Leaving Certificate Examination, 1911. Written examination, 1911
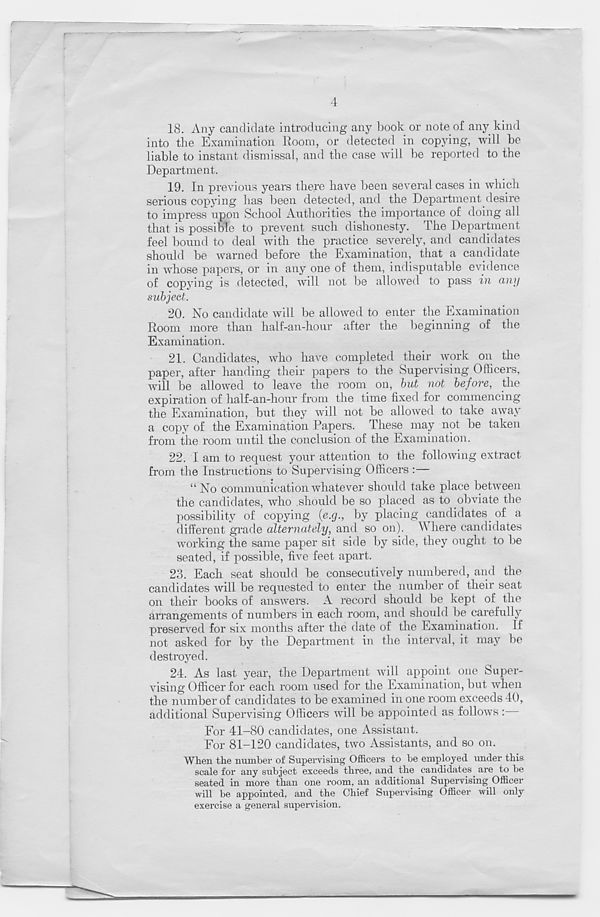
4
18. Any candidate introducing any book or note of any kind
into the Examination Room, or detected in copying, will be
liable to instant dismissal, and the case will be reported to the
Department.
19. In previous years there have been several cases in which
serious copying has been detected, and the Department desire
to impress upon School Authorities the importance of doing all
that is possible to prevent such dishonesty. The Department
feel bound to deal with the practice severely, and candidates
should be warned before the Examination, that a candidate
in whose papers, or in any one of them, indisputable evidence
of copying is detected, will not be allowed to pass in any
subject.
20. No candidate will be allowed to enter the Examination
Room more than half-an-hour after the beginning of the
Examination.
21. Candidates, who have completed their work on the
paper, after handing their papers to the Supervising Officers,
will be allowed to leave the room on, but not before, the
expiration of half-an-hour from the time fixed for commencing
the Examination, but they will not be allowed to take away
a copy of the Examination Papers. These may not be taken
from the room until the conclusion of the Examination.
22. I am to request your attention to the following extract
from the Instructions to Supervising Officers :—
“No communication whatever should take place between
the candidates, who should be so placed as to obviate the
possibility of copying (e.g., by placing candidates of a
different grade alternately, and so on). Where candidates
working the same paper sit side by side, they ought to be
seated, if possible, five feet apart.
23. Each seat should be consecutively numbered, and the
candidates will be requested to enter the number of their seat
on their books of answers. A record should be kept of the
arrangements of numbers in each room, and should be carefully
preserved for six months after the date of the Examination. If
not asked for by the Department in the interval, it may be
destroyed.
24. As last year, the Department will appoint one Super-
vising Officer for each room used for the Examination, but when
the number of candidates to be examined in one room exceeds 40,
additional Supervising Officers will be appointed as follows:
For 41-80 candidates, one Assistant.
For 81-120 candidates, two Assistants, and so on.
When the number of Supervising Officers to be employed under this
scale for any subject exceeds three, and the candidates are to be
seated in more than one room, an additional Supervising Officer
will be appointed, and the Chief Supervising Officer will only
exercise a general supervision.